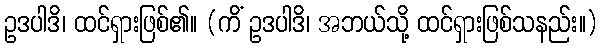
ဥဒပါဒိ၊ ထင်ရှားဖြစ်၏။ (ကိံ ဥဒပါဒိ၊ အဘယ်သို့ ထင်ရှားဖြစ်သနည်း။)